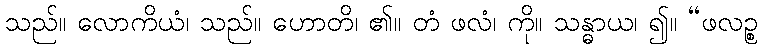
သည်။ လောကိယံ၊ သည်။ ဟောတိ၊ ၏။ တံ ဖလံ၊ ကို။ သန္ဓာယ၊ ၍။ “ဖလဉ္စ